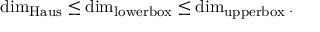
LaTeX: \dim _ { \operatorname { H a u s } } \leq \dim _ { \operatorname { l o w e r b o x } } \leq \dim _ { \operatorname { u p p e r b o x } } .